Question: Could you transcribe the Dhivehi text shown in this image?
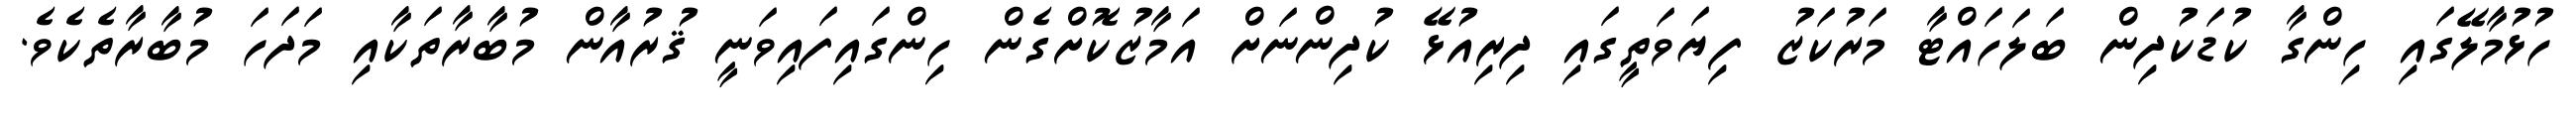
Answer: ހުޅުމާލޭގައި ހިންގާ ކުޑަކުދިން ބަލަހައްޓާ މަރުކަޒު ފިޔަވަތީގައި ދިރިއުޅޭ ކުދިންނަށް އަމާޒުކޮށްގެން ހިންގައިފައިވަނީ ޤުރުއާން މުބާރާތަކާއި މަދަހަ މުބާރާތެކެވެ.